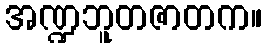
အဏ္ဍဘူတဇာတက။